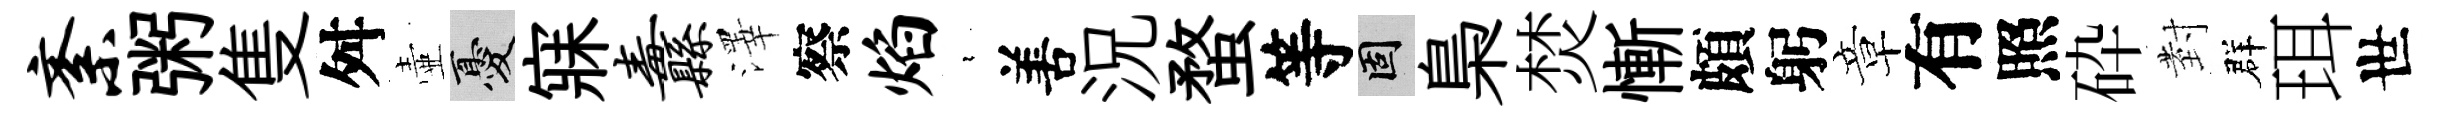
紊粥隻舛壷憂寐纛澤察焰裊𠵊況蝥等固梟焚慚頗躬章有照砕𭔹群珥世